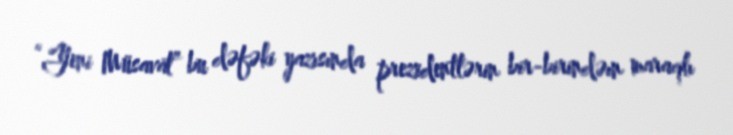
“Yeni Müsavat” bu dəfəki yazısında prezidentlərin bir-birindəın maraqlı